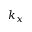
k _ { x }